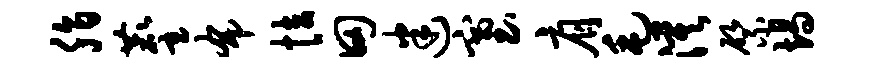
脂麈布怯田迷塞肩毛漠綮竭